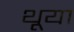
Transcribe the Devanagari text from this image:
थूया